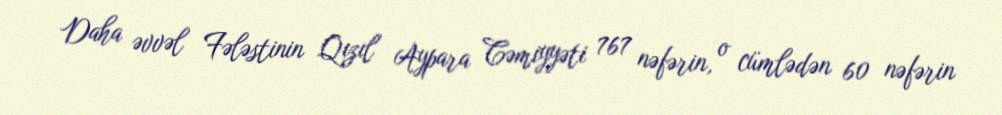
Daha əvvəl Fələstinin Qızıl Aypara Cəmiyyəti 767 nəfərin, o cümlədən 60 nəfərin